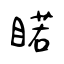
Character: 睰